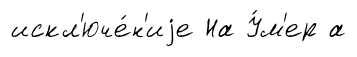
искл'юче́н'иjе На У́м'ер а